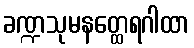
ခဏ္ဍသုမနတ္ထေရဂါထာ